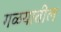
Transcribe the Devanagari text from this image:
गळयातील